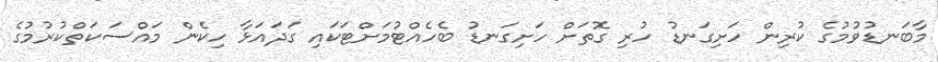
މާބަނޑުވުމުގެ ކުރިން ހަށިގަނޑު ހުރި ގޮތަށް ހަށިގަނޑު ބެހެއްޓުމަށްޓަކައި ގަދައަޅާ ހިކެން މައްސަކަތްކުރުމުގެ